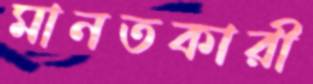
মানতকারী